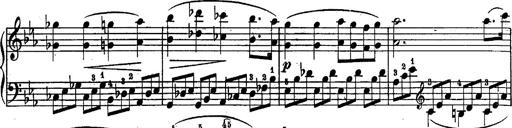
Title: Schubert's Impromptus [revised and edited by Franz Liszt]
Composer: Franz Liszt